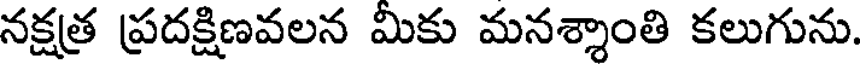
నక్షత్ర ప్రదక్షిణవలన మికు మనశ్శాంతి కలుగును.